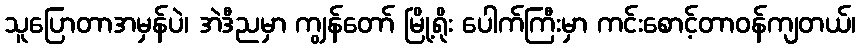
သူပြောတာအမှန်ပဲ၊ အဲဒီညမှာ ကျွန်တော် မြို့ရိုး ပေါက်ကြီးမှာ ကင်းစောင့်တာဝန်ကျတယ်၊